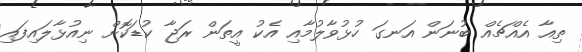
ތިއާ އެއްޗެއް ބުނަން އަނގަ ހުޅުވާލުމާއި އެކު އީތަން ރަޖާ ކުޑަކޮށް ނިއުޅާލައިފައި